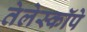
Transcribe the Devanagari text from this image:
तेलेस्कॉपे